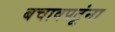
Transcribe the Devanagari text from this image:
बचावपटूंना